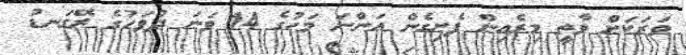
ވަރަކަށް ވާތީ މިރެއިން ފެށިގެން އަންނަ މަހުގެ 14 ވަނަ ދުވަހުގެ ރޭގަނޑު